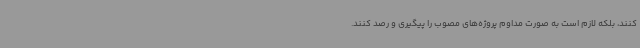
کنند، بلکه لازم است به صورت مداوم پروژه‌های مصوب را پیگیری و رصد کنند.